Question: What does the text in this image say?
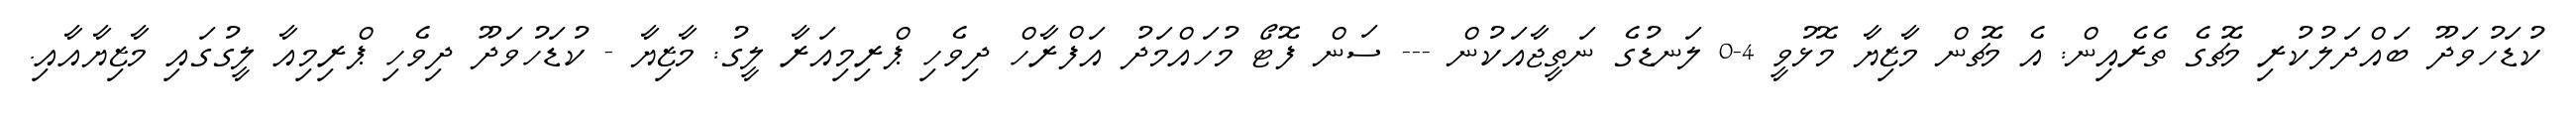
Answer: ކުޑަހުވަދޫ ބައްދަލުކުރި މެޗުގެ ތެރެއިން: އެ މެޗުން މާޒިޔާ މޮޅުވީ 4-0 ލަނޑުގެ ނަތީޖާއަކުން --- ސަން ފޮޓޯ މުހައްމަދު އަފްރާހް ދިވެހި ޕްރިމިއަރާ ލީގު: މާޒިޔާ - ކުޑަހުވަދޫ ދިވެހި ޕްރިމިއާ ލީގުގައި މާޒިޔާއާއި.